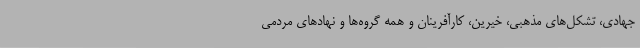
جهادی، تشکل‌های مذهبی، خیرین، کارآفرینان و همه گروه‌ها و نهادهای مردمی